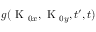
g ( \textrm { K } _ { 0 x } , \textrm { K } _ { 0 y } , t ^ { \prime } , t )